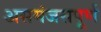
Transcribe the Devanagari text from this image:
असमंजसपूर्ण